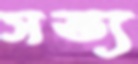
সভ্য